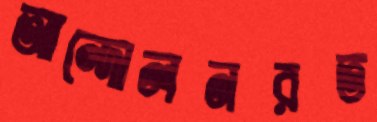
আন্দোলনরত